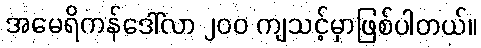
အမေရိကန်ဒေါ်လာ ၂၀၀ ကျသင့်မှာဖြစ်ပါတယ်။